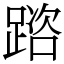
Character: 䠖